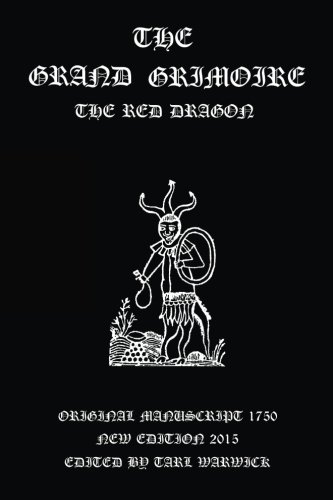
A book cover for The Grand Grimoire: The Red Dragon; Unknown Author; Religion & Spirituality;